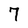
Character: 7